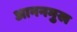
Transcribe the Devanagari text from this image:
आननमुख